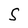
Character: S